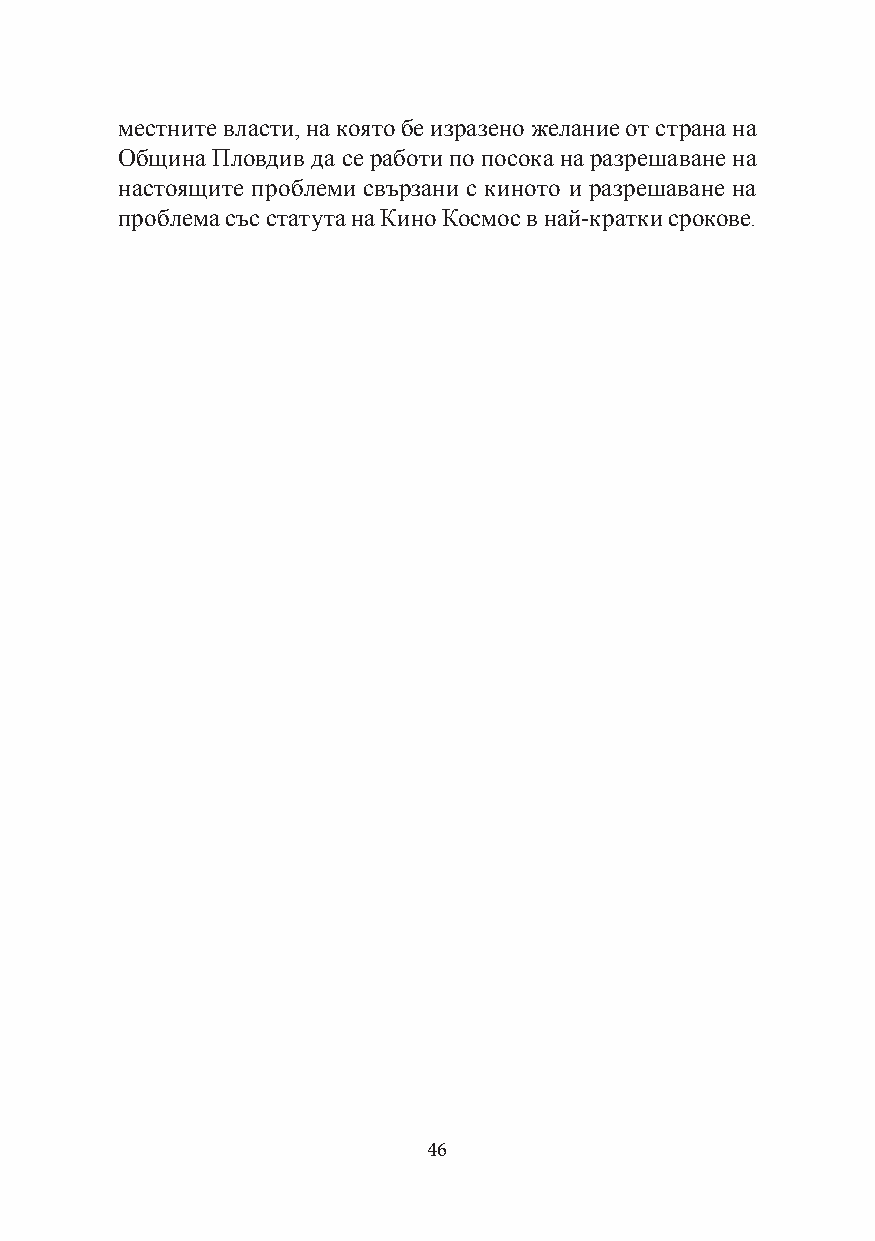
местните власти, на която бе изразено желание от страна на
 Община Пловдив да се работи по посока на разрешаване на
 настоящите проблеми свързани с киното и разрешаване на
 проблема със статута на Кино Космос в най-кратки срокове.
 46